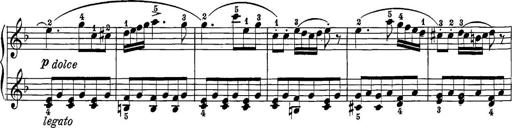
Title: 12 Sonatine per Pianoforte
Composer: Friedrich Kuhlau